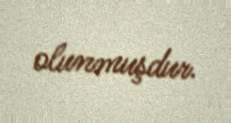
olunmuşdur.